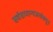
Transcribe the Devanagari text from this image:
सर्वसामान्यजनांकडून